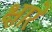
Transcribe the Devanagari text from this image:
क्षारे